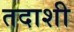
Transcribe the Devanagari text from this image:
तदाशी